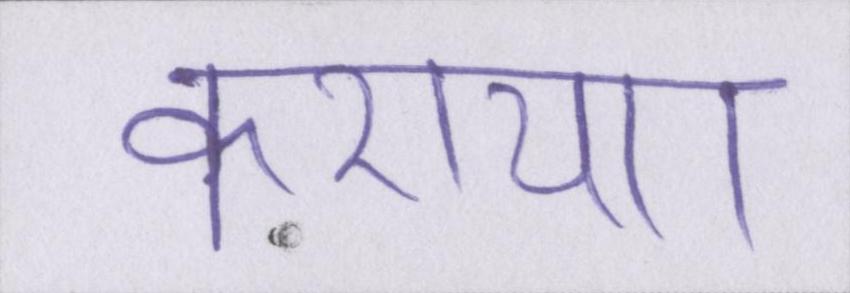
कराया।